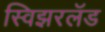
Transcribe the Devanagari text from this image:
स्विझरलॅड